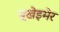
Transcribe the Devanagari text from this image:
बूखेइमेर